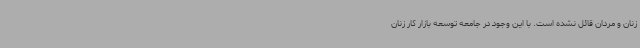
زنان و مردان قائل نشده است. با این وجود در جامعه توسعه بازار کار زنان